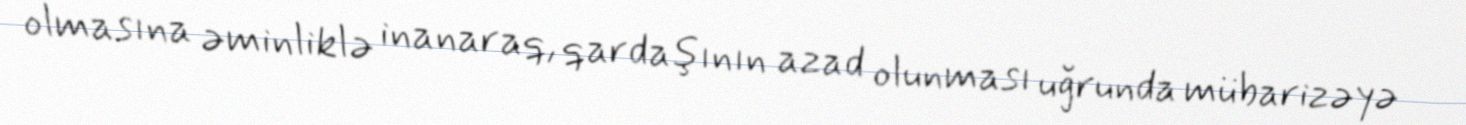
olmasına əminliklə inanaraq, qardaşının azad olunması uğrunda mübarizəyə